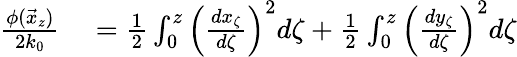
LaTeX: \begin{array}{rl}{\frac{\phi(\vec{x}_{z})}{2k_{0}}}&{{}=\frac{1}{2}\int_{0}^{z}\left(\frac{dx_{\zeta}}{d\zeta}\right)^{2}d\zeta+\frac{1}{2}\int_{0}^{z}\left(\frac{dy_{\zeta}}{d\zeta}\right)^{2}d\zeta}\end{array}